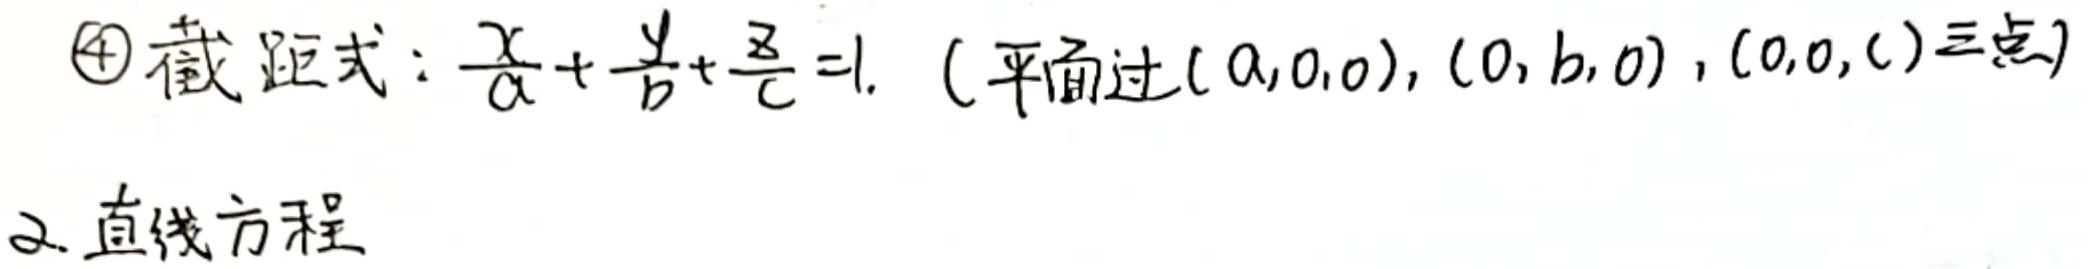
$\textcircled{4}$截距式：$\frac{x}{a}+\frac{y}{b}+\frac{z}{c}=1$. (平面过$(a,0,0),(0,b,0),(0,0,c)$三点)

2. 直线方程